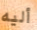
أليه